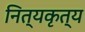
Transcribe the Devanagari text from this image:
नित्यकृत्य